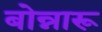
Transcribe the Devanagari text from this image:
बोन्नारू